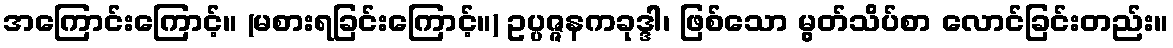
အကြောင်းကြောင့်။ (မစားရခြင်းကြောင့်။) ဥပ္ပဇ္ဇနကခုဒ္ဒါ၊ ဖြစ်သော မွတ်သိပ်စာ လောင်ခြင်းတည်း။